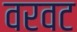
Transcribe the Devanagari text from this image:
वरवट